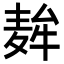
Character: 𮮇